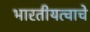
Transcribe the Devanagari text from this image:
भारतीयत्वाचे